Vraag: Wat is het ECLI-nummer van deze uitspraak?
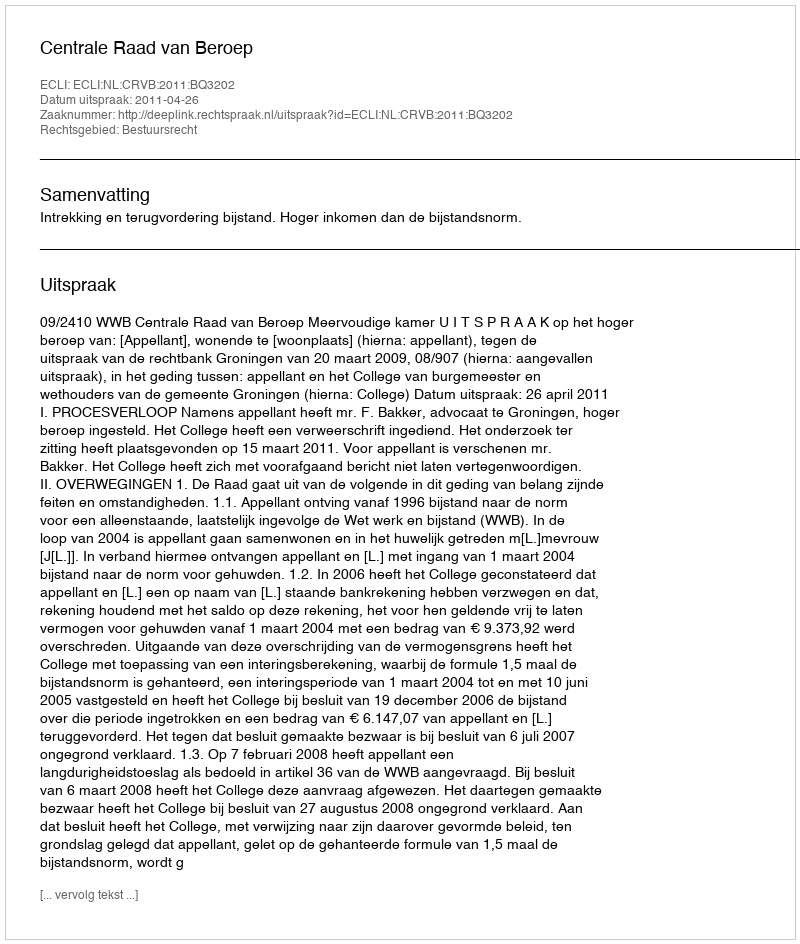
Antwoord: ECLI:NL:CRVB:2011:BQ3202